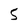
Character: 5